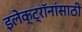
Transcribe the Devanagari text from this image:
इलेक्ट्रॉनांसाठी